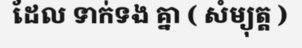
ដែល ទាក់ទង គ្នា ( សំម្យុត្ត )